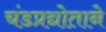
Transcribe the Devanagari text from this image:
चंडप्रद्योताने